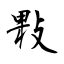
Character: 敤